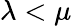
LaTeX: \lambda<\mu